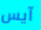
آيس